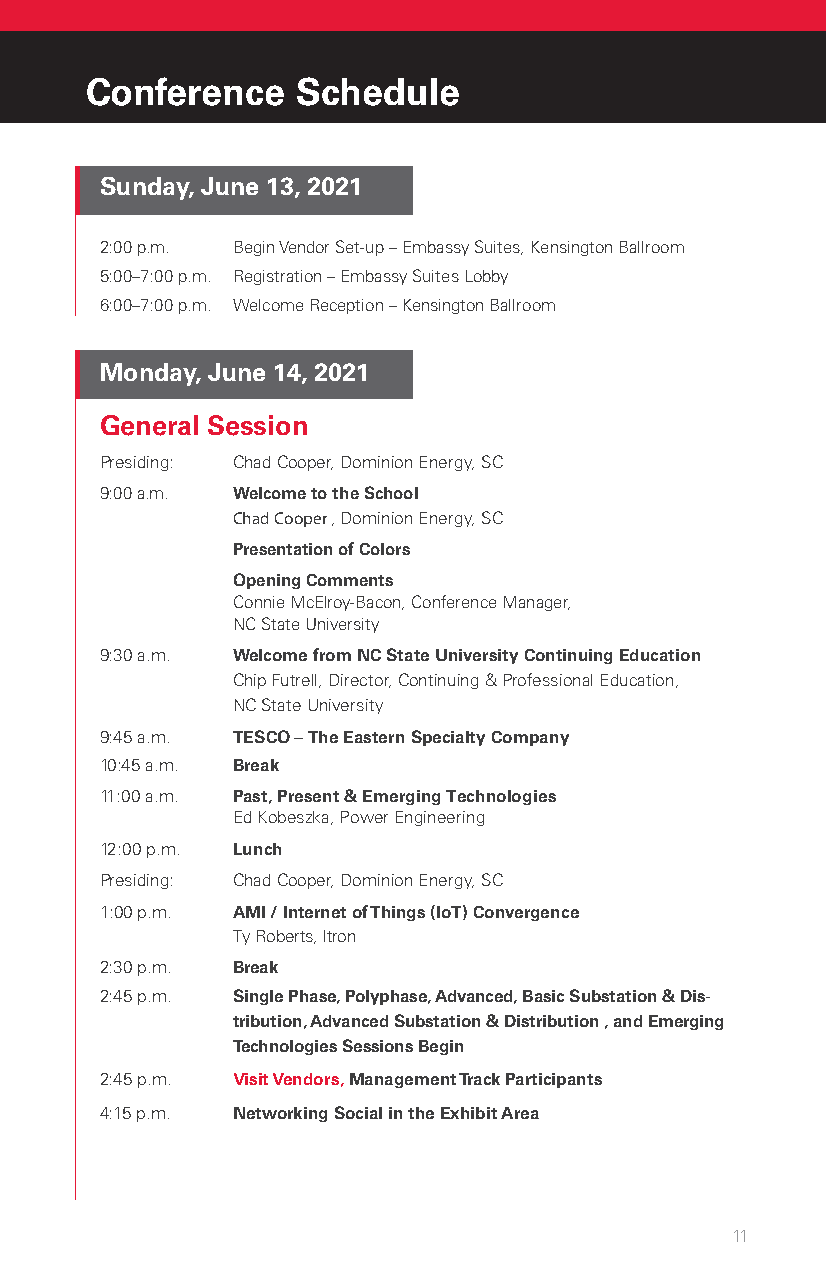
Conference    Schedule
 Sunday, June 13, 2021
 2:00 p.m. Begin Vendor Set-up – Embassy Suites, Kensington Ballroom
 5:00–7:00 p.m. Registration – Embassy Suites Lobby
 6:00–7:00 p.m. Welcome Reception – Kensington Ballroom
 Monday, June 14, 2021
 General Session
 Presiding: Chad Cooper, Dominion Energy, SC
 9:00 a.m. Welcome to the School
 Chad Cooper, Dominion Energy, SC
 Presentation of Colors
 Opening Comments
 Connie McElroy-Bacon, Conference Manager,
 NC State University
 9:30 a.m. Welcome from NC State University Continuing Education
 Chip Futrell, Director, Continuing & Professional Education,
 NC State University
 9:45 a.m. TESCO – The Eastern Specialty Company
 10:45 a.m. Break
 11:00 a.m. Past, Present & Em erging Technologies
 Ed Kobeszka, Power Engine ering
 12:00 p.m. Lunch
 Presiding: Chad Cooper, Dominion Energy, SC
 1:00 p.m. AMI / Internet of Things (IoT) Convergence
 Ty Roberts, Itron
 2:30 p.m. Break
 2:45 p.m. Single Phase, Polyphase, Advanced, Basic Substation & Dis-
 tribution, Advanced Substation & Distribution , and Emerging
 Technologies Sessions Begin
 2:45 p.m. Visit Vendors, Management Track Participants
 4:15 p.m. Networking Social in the Exhibit Area
 11